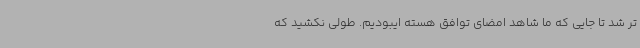
تر شد تا جایی که ما شاهد امضای توافق هسته ایبودیم. طولی نکشید که